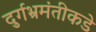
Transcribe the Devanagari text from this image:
दुर्गभ्रमंतीकडे